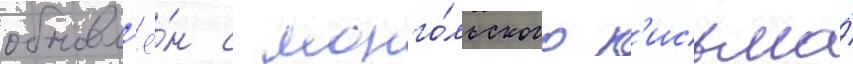
обновл'ё́н с монго́льского п'исьма́